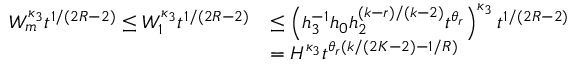
\begin{array} { r l } { W _ { m } ^ { \kappa _ { 3 } } t ^ { 1 / ( 2 R - 2 ) } \le W _ { 1 } ^ { \kappa _ { 3 } } t ^ { 1 / ( 2 R - 2 ) } } & { \le \left( h _ { 3 } ^ { - 1 } h _ { 0 } h _ { 2 } ^ { ( k - r ) / ( k - 2 ) } t ^ { \theta _ { r } } \right) ^ { \kappa _ { 3 } } t ^ { 1 / ( 2 R - 2 ) } } \\ & { = H ^ { \kappa _ { 3 } } t ^ { \theta _ { r } ( k / ( 2 K - 2 ) - 1 / R ) } } \end{array}